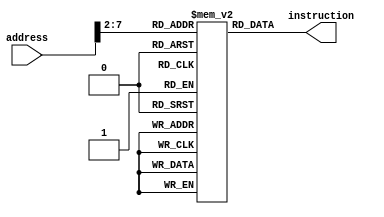
`timescale 1ns / 1ps
module InstructionMem(instruction,address);
input[31:0] address;
output reg [31:0] instruction;
reg[31:0] Imemory[63:0];

integer k;

initial begin
	for(k=0;k<64;k=k+1)begin
		Imemory[k] = 32'b0;
	end
	//You can give your own code block here.
	//$t0: 01000 8, $t1: 01001: 9, $s0: 10000 16, $s1: 10001 17, $s2 10010 18 $s3 10011 19
	//
		 Imemory[0]  = 32'b10001100000010000000000000001000; //lw $10 , 40($0)	
		 Imemory[1]  = 32'b00100000000010010000000000000100; //addi $t0, $zero, 32
		 Imemory[2]  = 32'b10001101001010010000000000010000; //andi 
		 Imemory[3]  = 32'b00010001100010010000000000000101;
		 Imemory[4]  = 32'b00000001000010010101000000100000;
		 Imemory[5]  = 32'b00000001000010010101100000100010;
		 Imemory[6]  = 32'b00000001000010010110000000100100;
		 Imemory[7]  = 32'b00000001000010010110100000100101;
		 Imemory[8]  = 32'b00001000000000000000000000000011;
		 Imemory[9]  = 32'b00110001000011100000000000000001;
		Imemory[10]  = 32'b00000001001010000111100000101010;
		Imemory[11]  = 32'b10101100000011110000000000000100;
		Imemory[12]  = 32'b0;
		Imemory[13]  = 32'b0;
		Imemory[14]  = 32'b0;
		Imemory[15]  = 32'b0;
		Imemory[16]  = 32'b0;
		Imemory[17]  = 32'b0;
		Imemory[18]  = 32'b0;
		Imemory[19]  = 32'b0;
		Imemory[20]  = 32'b0;
		Imemory[21]  = 32'b0;
		Imemory[22]  = 32'b0;
		Imemory[23]  = 32'b0;
		Imemory[24]  = 32'b0;
		Imemory[25]  = 32'b0;
		Imemory[26]  = 32'b0;
		Imemory[27]  = 32'b0;
		
	// lw $8,8($0) 
	// addi $9,$0,4
	// lw $9,16($9) 
	// beq $12,$9,flag2
	// add $10,$8,$9  
	// sub $11,$8,$9  
	// and $12,$8,$9  
	// or $13,$8,$9  
	// j flag1
	// addi $14,$8,1 
	// slt $15,$9,$8	
	// sw $15,4($0)

	
		


end

always @ (address)
	begin
		instruction <= Imemory[address[13:2]];
end
endmodule